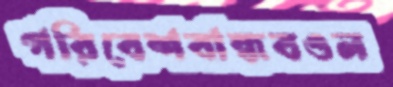
পরিবেশবান্ধবওল